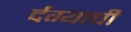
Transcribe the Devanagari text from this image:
र्दग्याची